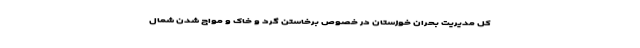
کل مدیریت بحران خوزستان در خصوص برخاستن گرد و خاک و مواج شدن شمال